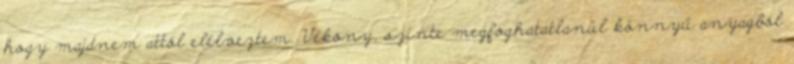
hogy majdnem attól elélveztem. Vékony, szinte megfoghatatlanül könnyű anyagból